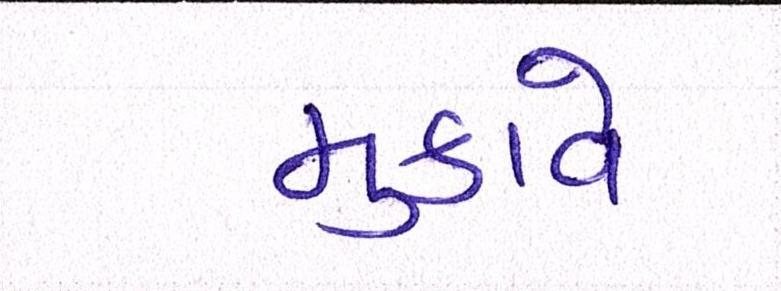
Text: મુકાવે